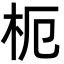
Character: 枙